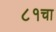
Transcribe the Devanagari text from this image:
८१चा